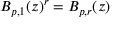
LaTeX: B _ { p , 1 } ( z ) ^ { r } = B _ { p , r } ( z )